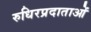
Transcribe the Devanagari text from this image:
रुधिरप्रदाताओं